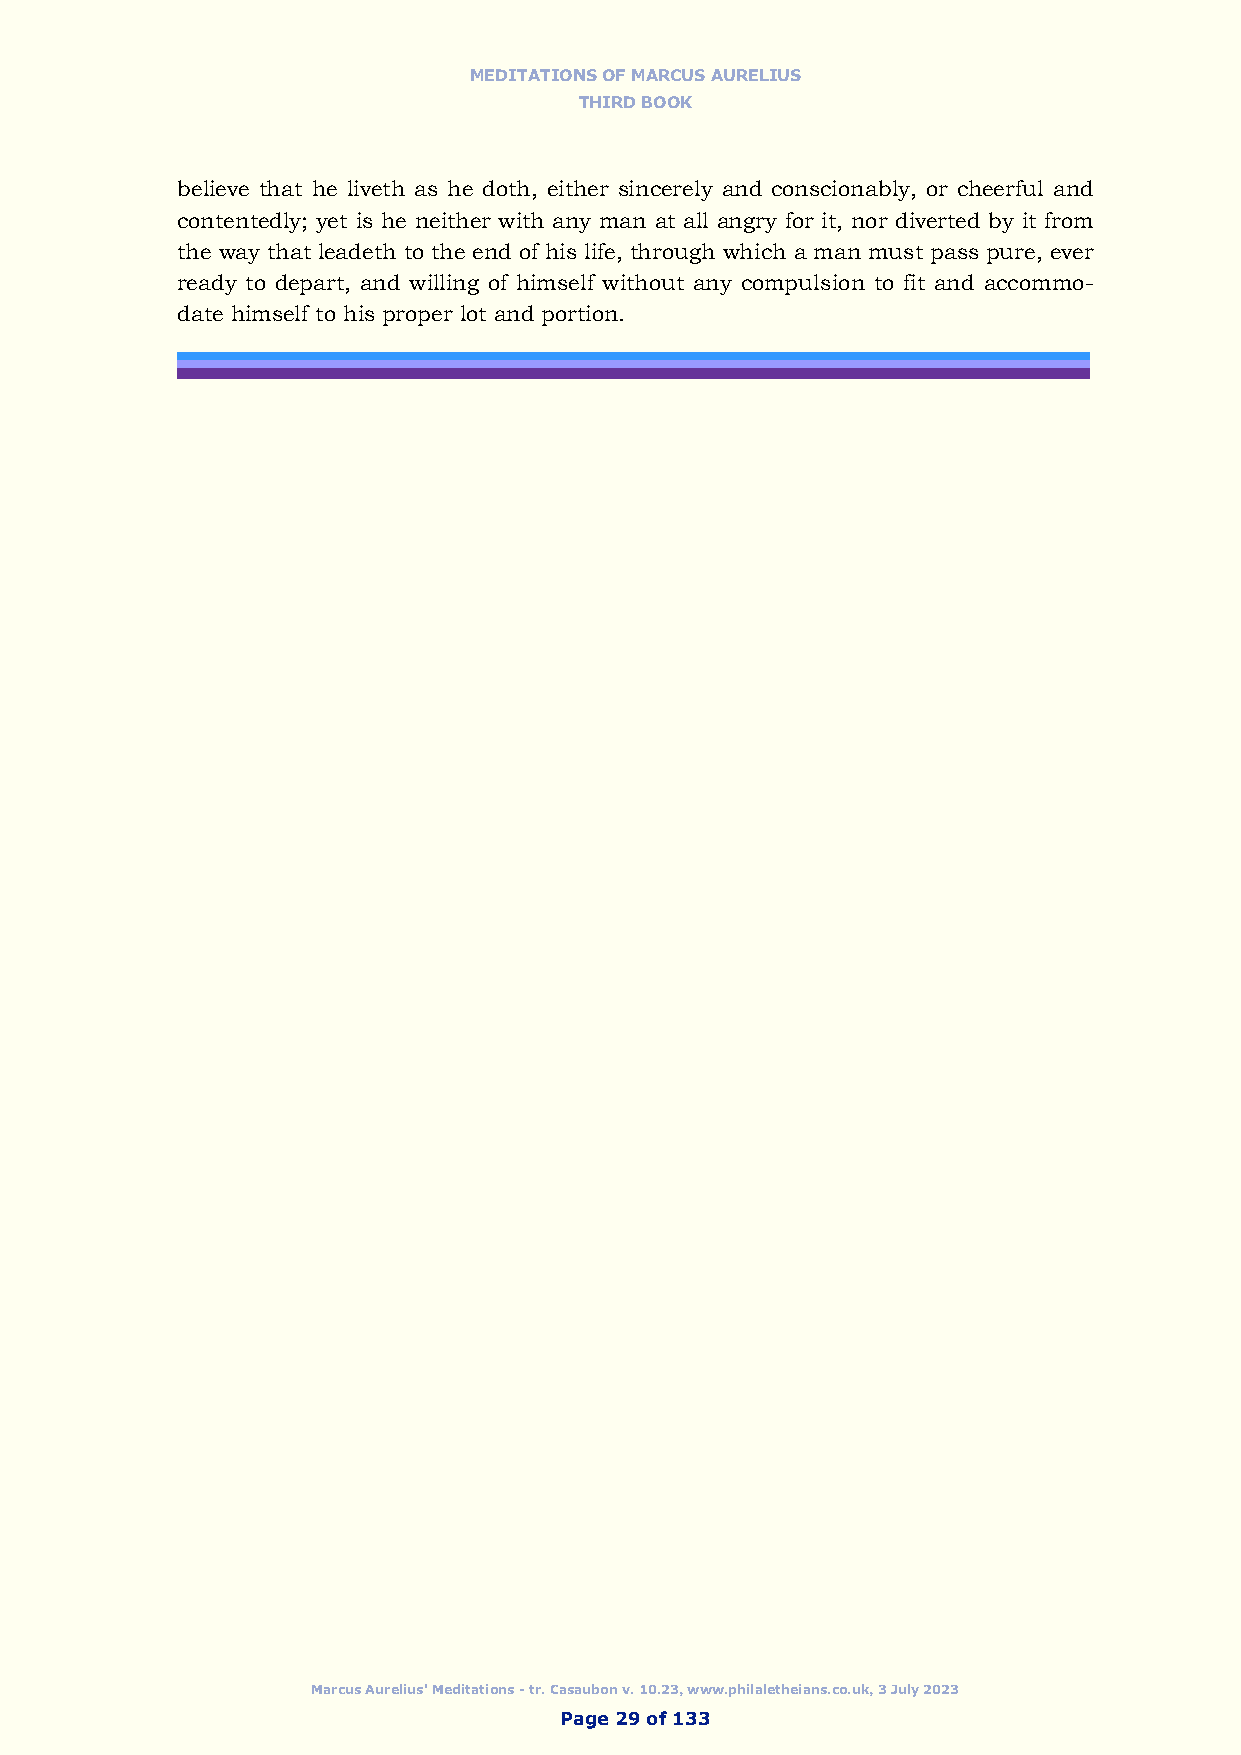
MEDITATIONS OF MARCUS AURELIUS
 THIRD BOOK
 believe that he liveth as he doth, either sincerely and conscionably, or cheerful and
 contentedly; yet is he neither with any man at all angry for it, nor diverted by it from
 the way that leadeth to the end of his life, through which a man must pass pure, ever
 ready to depart, and willing of himself without any compulsion to fit and accommo-
 date himself to his proper lot and portion.
 Marcus Aurelius' Meditations - tr. Casaubon v. 10.23, www.philaletheians.co.uk, 3 July 2023
 Page 29 of 133